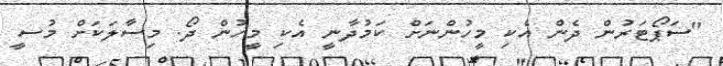
"ސަޕޯޓަރުން ދެން އެކި މީހުންނަށް ކަމުދާނީ އެކި މީހުން ދޯ. މިސާލަކަށް މުސީ